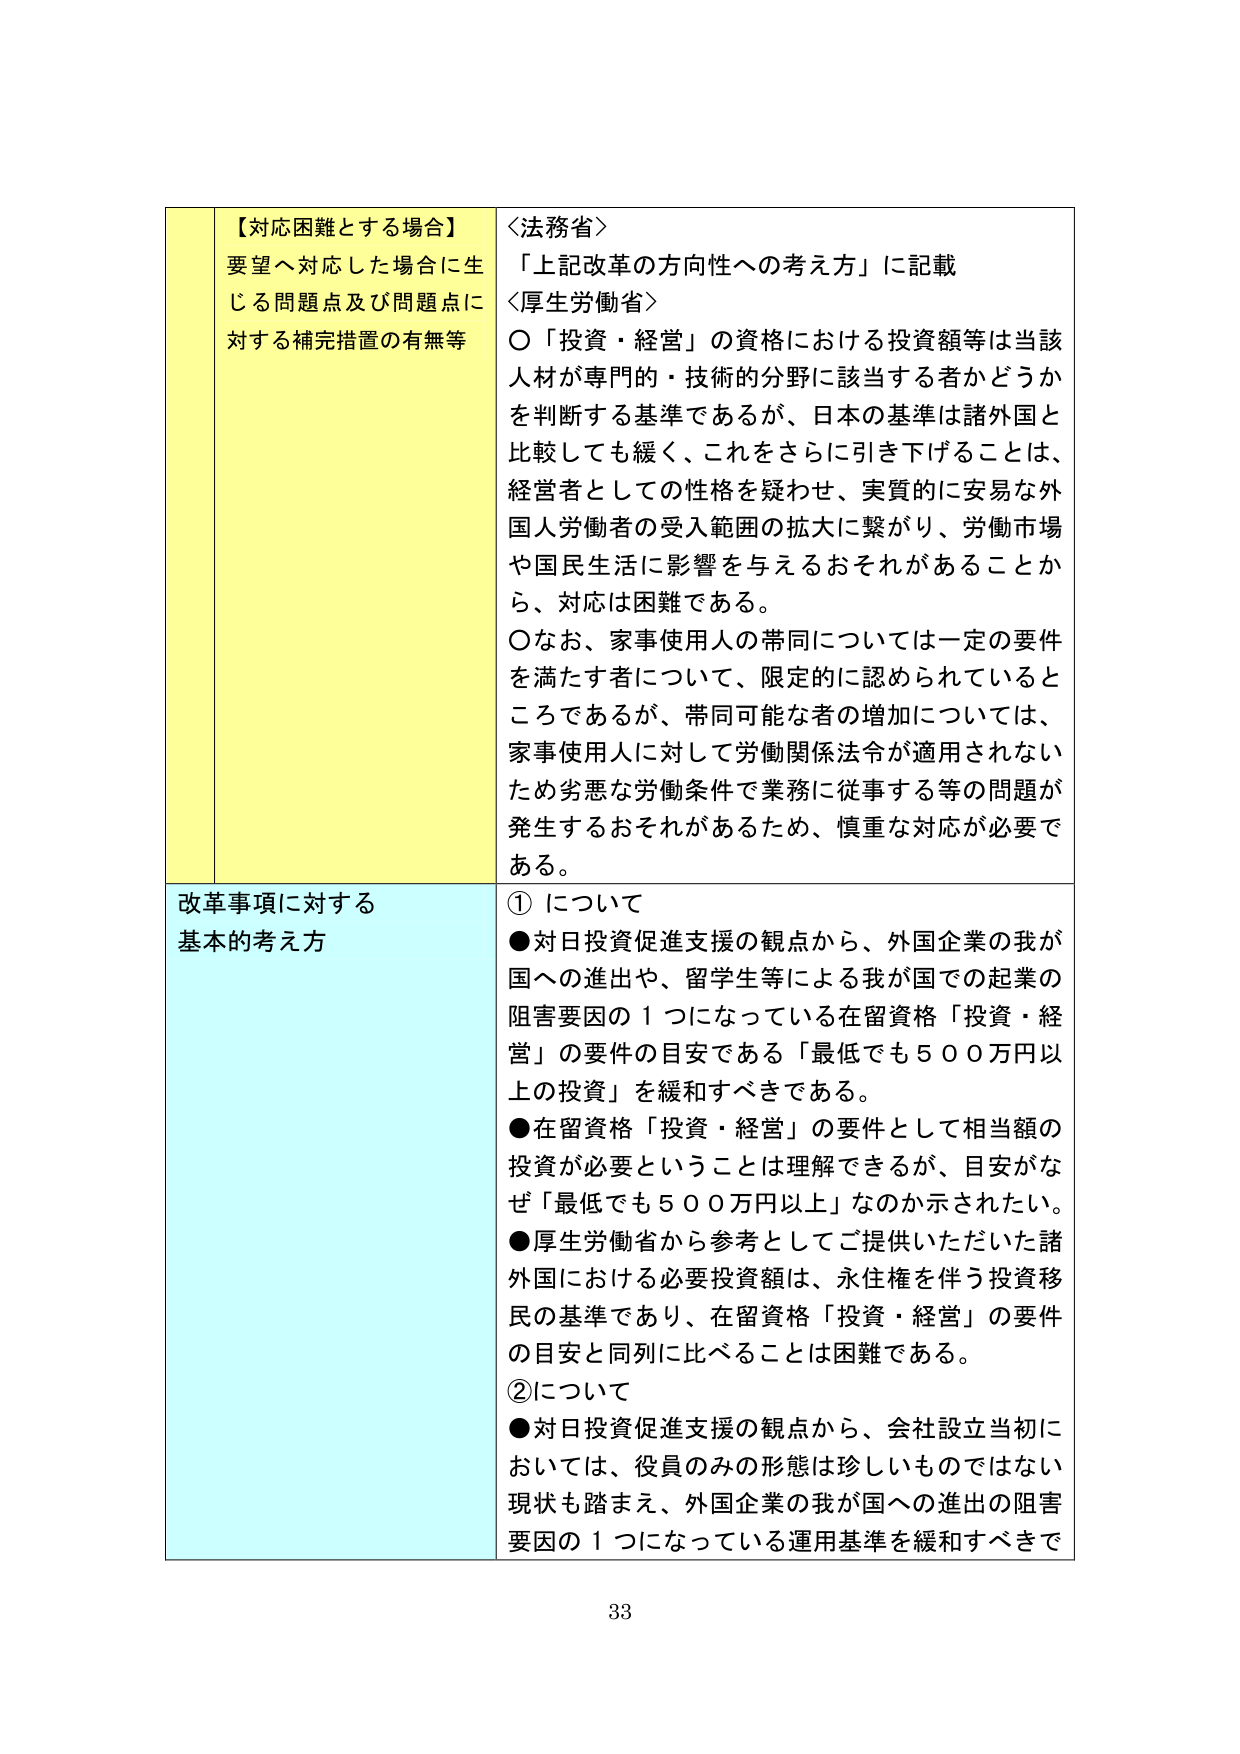
【対応困難とする場合】
要望へ対応した場合に生じる問題点及び問題点に対する補完措置の有無等

＜法務省＞
「上記改革の方向性への考え方」に記載

＜厚生労働省＞
〇「投資・経営」の資格における投資額等は当該人材が専門的・技術的分野に該当する者かどうかを判断する基準であるが、日本の基準は諸外国と比較しても緩く、これをさらに引き下げることは、経営者としての性格を疑わせ、実質的に安易な外国人労働者の受入範囲の拡大に繋がり、労働市場や国民生活に影響を与えるおそれがあることから、対応は困難である。
〇なお、家事使用人の帯同については一定の要件を満たす者について、限定的に認められているところであるが、帯同可能な者の増加については、家事使用人に対して労働関係法令が適用されないため劣悪な労働条件で業務に従事する等の問題が発生するおそれがあるため、慎重な対応が必要である。

改革事項に対する基本的考え方

①について
●対日投資促進支援の観点から、外国企業の我が国への進出や、留学生等による我が国での起業の阻害要因の１つになっている在留資格「投資・経営」の要件の目安である「最低でも５００万円以上の投資」を緩和すべきである。
●在留資格「投資・経営」の要件として相当額の投資が必要ということは理解できるが、目安がなぜ「最低でも５００万円以上」なのか示されたい。
●厚生労働省から参考としてご提供いただいた諸外国における必要投資額は、永住権を伴う投資移民の基準であり、在留資格「投資・経営」の要件の目安と同列に比べることは困難である。

②について
●対日投資促進支援の観点から、会社設立当初においては、役員のみの形態は珍しいものではない現状も踏まえ、外国企業の我が国への進出の阻害要因の１つになっている運用基準を緩和すべきで

33